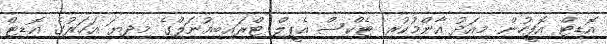
އޮޑިޓް އޮފީހުން މިއަދު އާންމުކުރި ޓެކްސް އެޕީލް ޓްރައިބިއުނަލްގެ މިދިޔަ އަހަރުގެ އޮޑިޓް